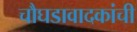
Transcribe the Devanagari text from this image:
चौघडावादकांची